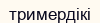
тримердікі